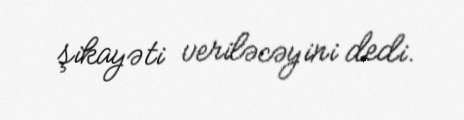
şikayəti veriləcəyini dedi.